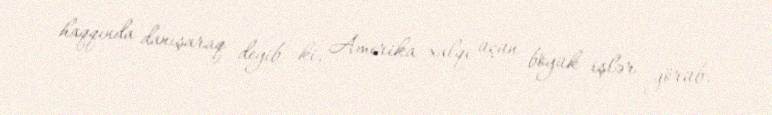
haqqında danışaraq deyib ki, Amerika xalqı üçün böyük işlər görüb.